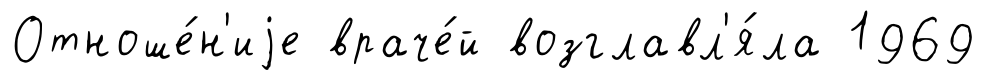
Отноше́н'иjе враче́й возглавл'я́ла 1969